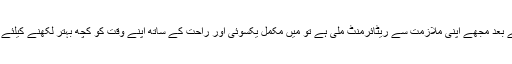
سالوں کی ریاضت کے بعد مجھے اپنی ملازمت سے ریٹائرمنٹ ملی ہے تو میں مکمل یکسوئی اور راحت کے ساتھ اپنے وقت کو کچھ بہتر لکھنے کیلئے استعمال کر سکوں گا۔